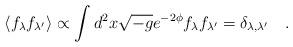
LaTeX: \begin{align*}\langle f_{\lambda} f_{\lambda'} \rangle \propto \int d^2x \sqrt{-g}e^{-2\phi}f_{\lambda} f_{\lambda'} =\delta_{\lambda,\lambda'} \quad .\end{align*}